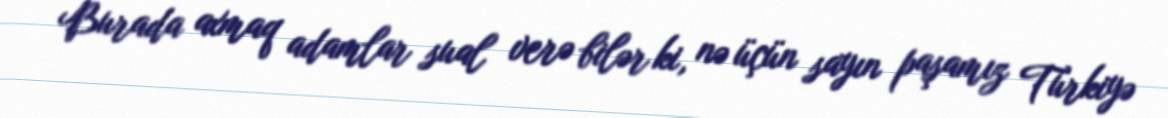
Burada axmaq adamlar sual verə bilər ki, nə üçün sayın paşamız Türkiyə